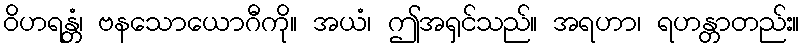
ဝိဟရန္တံ၊ ဗနသောယောဂီကို။ အယံ၊ ဤအရှင်သည်။ အရဟာ၊ ရဟန္တာတည်း။